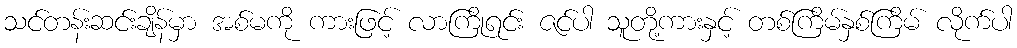
သင်တန်းဆင်းချိန်မှာ အစ်မကို ကားဖြင့် လာကြိုရင်း ဇင်ပါ သူတို့ကားနှင့် တစ်ကြိမ်နှစ်ကြိမ် လိုက်ပါ